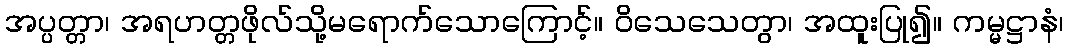
အပ္ပတ္တာ၊ အရဟတ္တဖိုလ်သို့မရောက်သောကြောင့်။ ဝိသေသေတွာ၊ အထူးပြု၍။ ကမ္မဋ္ဌာနံ၊